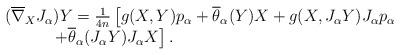
LaTeX: \begin{align*}\begin{array}{ll}(\overline \nabla _XJ_\alpha )Y=\frac{1}{4n}\left[g(X,Y)p_\alpha +\overline \theta _\alpha (Y)X+g(X,J_\alpha Y)J_\alpha p_\alpha \right. \\\qquad\quad\left.+\overline \theta _\alpha (J_\alpha Y)J_\alpha X\right] .\end{array}\end{align*}